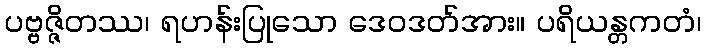
ပဗ္ဗဇ္ဇိတဿ၊ ရဟန်းပြုသော ဒေဝဒတ်အား။ ပရိယန္တကတံ၊